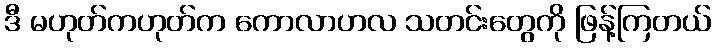
ဒီ မဟုတ်ကဟုတ်က ကောလာဟလ သတင်းတွေကို ဖြန့်ကြတယ်